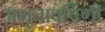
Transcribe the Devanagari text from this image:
अमृतावर्षिणी